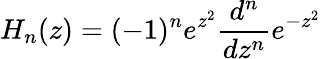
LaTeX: H_{n}(z)=(-1)^{n}e^{z^{2}}\frac{d^{n}}{dz^{n}}e^{-z^{2}}